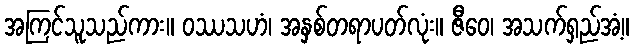
အကြင်သူသည်ကား။ ဝဿသဟံ၊ အနှစ်တရာပတ်လုံး။ ဇီဝေ၊ အသက်ရှည်အံ့။